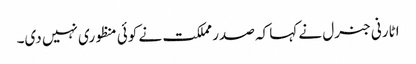
اٹارنی جنرل نے کہا کہ صدر مملکت نے کوئی منظوری نہیں دی۔